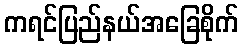
ကရင်ပြည်နယ်အခြေစိုက်